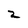
Character: 2